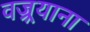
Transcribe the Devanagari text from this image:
वज्र्रयाना